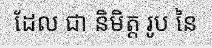
ដែល ជា និមិត្ត រូប នៃ